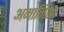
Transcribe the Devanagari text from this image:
अमानिशा